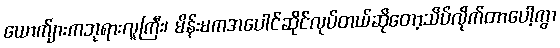
ယောက်ျားကဘုရားလူကြီး၊ မိန်းမကအပေါင်ဆိုင်လုပ်တယ်ဆိုတော့သိပ်လိုက်တာပေါ့ကွာ